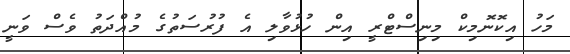
މަހު އިކޮނޮމިކް މިނިސްޓްރީ އިން ހުޅުވާލި އެ ފުރުސަތުގެ މުއްދަތު ވެސް ވަނީ